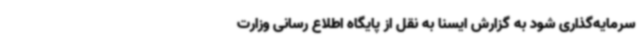
سرمایه‌گذاری شود به گزارش ایسنا به نقل از پایگاه اطلاع رسانی وزارت